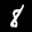
Label: 8